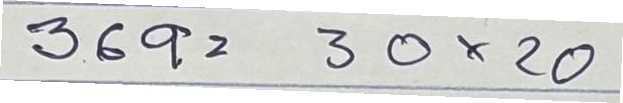
369 = 30x20